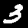
Label: 3